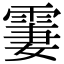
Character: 霋